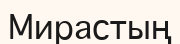
Мирастың